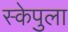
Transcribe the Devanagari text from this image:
स्केपुला